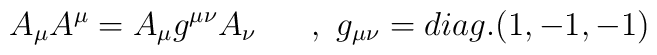
A_\mu A^\mu =A_\mu g^{\mu \nu }A_\nu ~~~~~,~g_{\mu \nu }=diag.(1,-1,-1)